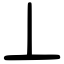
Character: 丄